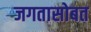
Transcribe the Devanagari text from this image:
जगतासोबत